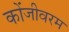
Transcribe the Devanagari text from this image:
कोंजीवरम